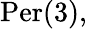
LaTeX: {\mathrm{Per}}(3),